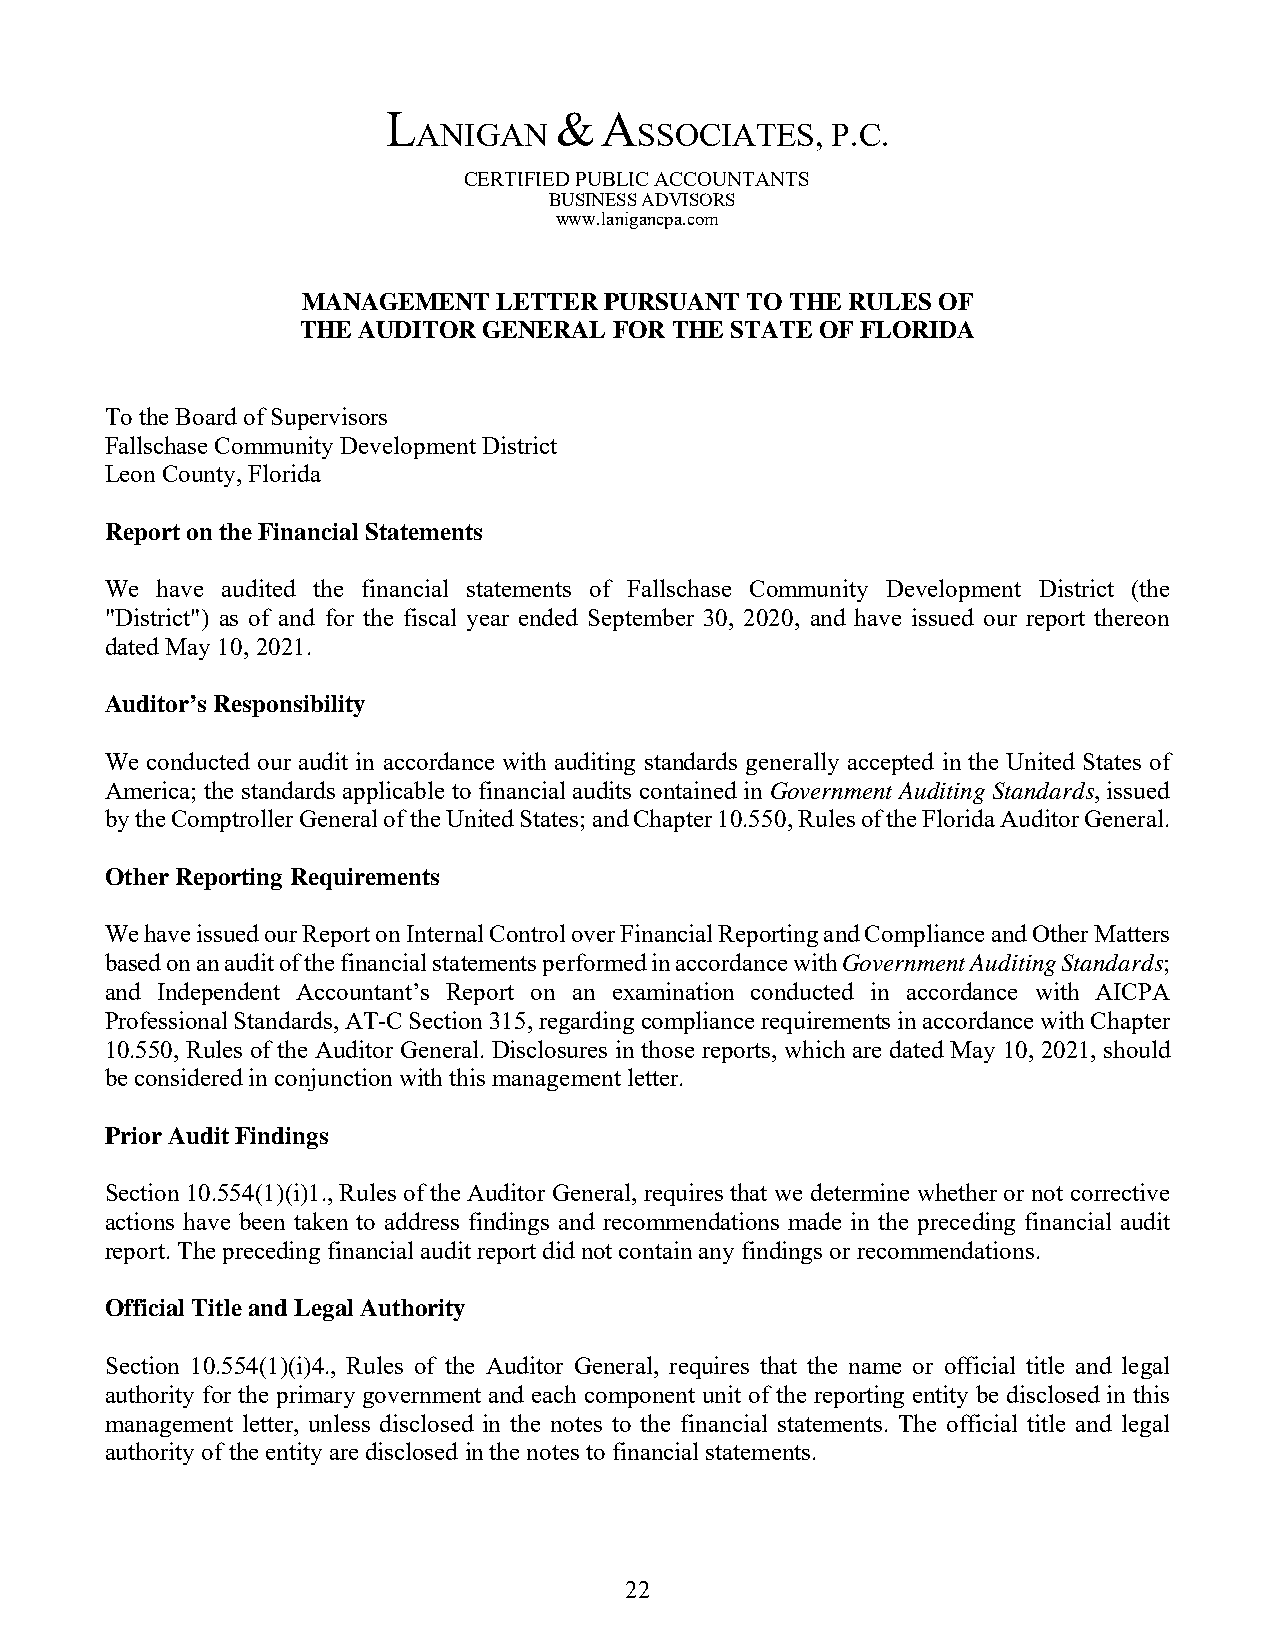
L          &  A
 ANIGAN        SSOCIATES,   P.C.
 CERTIFIED PUBLIC ACCOUNTANTS
 BUSINESS ADVISORS
 www.lanigancpa.com
 MANAGEMENT   LETTER PURSUANT TO THE RULES OF
 THE AUDITOR GENERAL  FOR THE STATE OF FLORIDA
 To the Board of Supervisors
 Fallschase Community Development District
 Leon County, Florida
 Report on the Financial Statements
 We have audited the financial statements of Fallschase Community Development District (the
 "District") as of and for the fiscal year ended September 30, 2020, and have issued our report thereon
 dated May 10, 2021.
 Auditor’s Responsibility
 We conducted our audit in accordance with auditing standards generally accepted in the United States of
 America; the standards applicable to financial audits contained in Government Auditing Standards, issued
 by the Comptroller General of the United States; and Chapter 10.550, Rules of the Florida Auditor General.
 Other Reporting Requirements
 We have issued our Report on Internal Control over Financial Reporting and Compliance and Other Matters
 based on an audit of the financial statements performed in accordance with Government Auditing Standards;
 and Independent Accountant’s Report on an examination conducted in accordance with AICPA
 Professional Standards, AT-C Section 315, regarding compliance requirements in accordance with Chapter
 10.550, Rules of the Auditor General. Disclosures in those reports, which are dated May 10, 2021, should
 be considered in conjunction with this management letter.
 Prior Audit Findings
 Section 10.554(1)(i)1., Rules of the Auditor General, requires that we determine whether or not corrective
 actions have been taken to address findings and recommendations made in the preceding financial audit
 report. The preceding financial audit report did not contain any findings or recommendations.
 Official Title and Legal Authority
 Section 10.554(1)(i)4., Rules of the Auditor General, requires that the name or official title and legal
 authority for the primary government and each component unit of the reporting entity be disclosed in this
 management letter, unless disclosed in the notes to the financial statements. The official title and legal
 authority of the entity are disclosed in the notes to financial statements.
 22